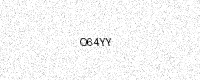
Text: O64YY